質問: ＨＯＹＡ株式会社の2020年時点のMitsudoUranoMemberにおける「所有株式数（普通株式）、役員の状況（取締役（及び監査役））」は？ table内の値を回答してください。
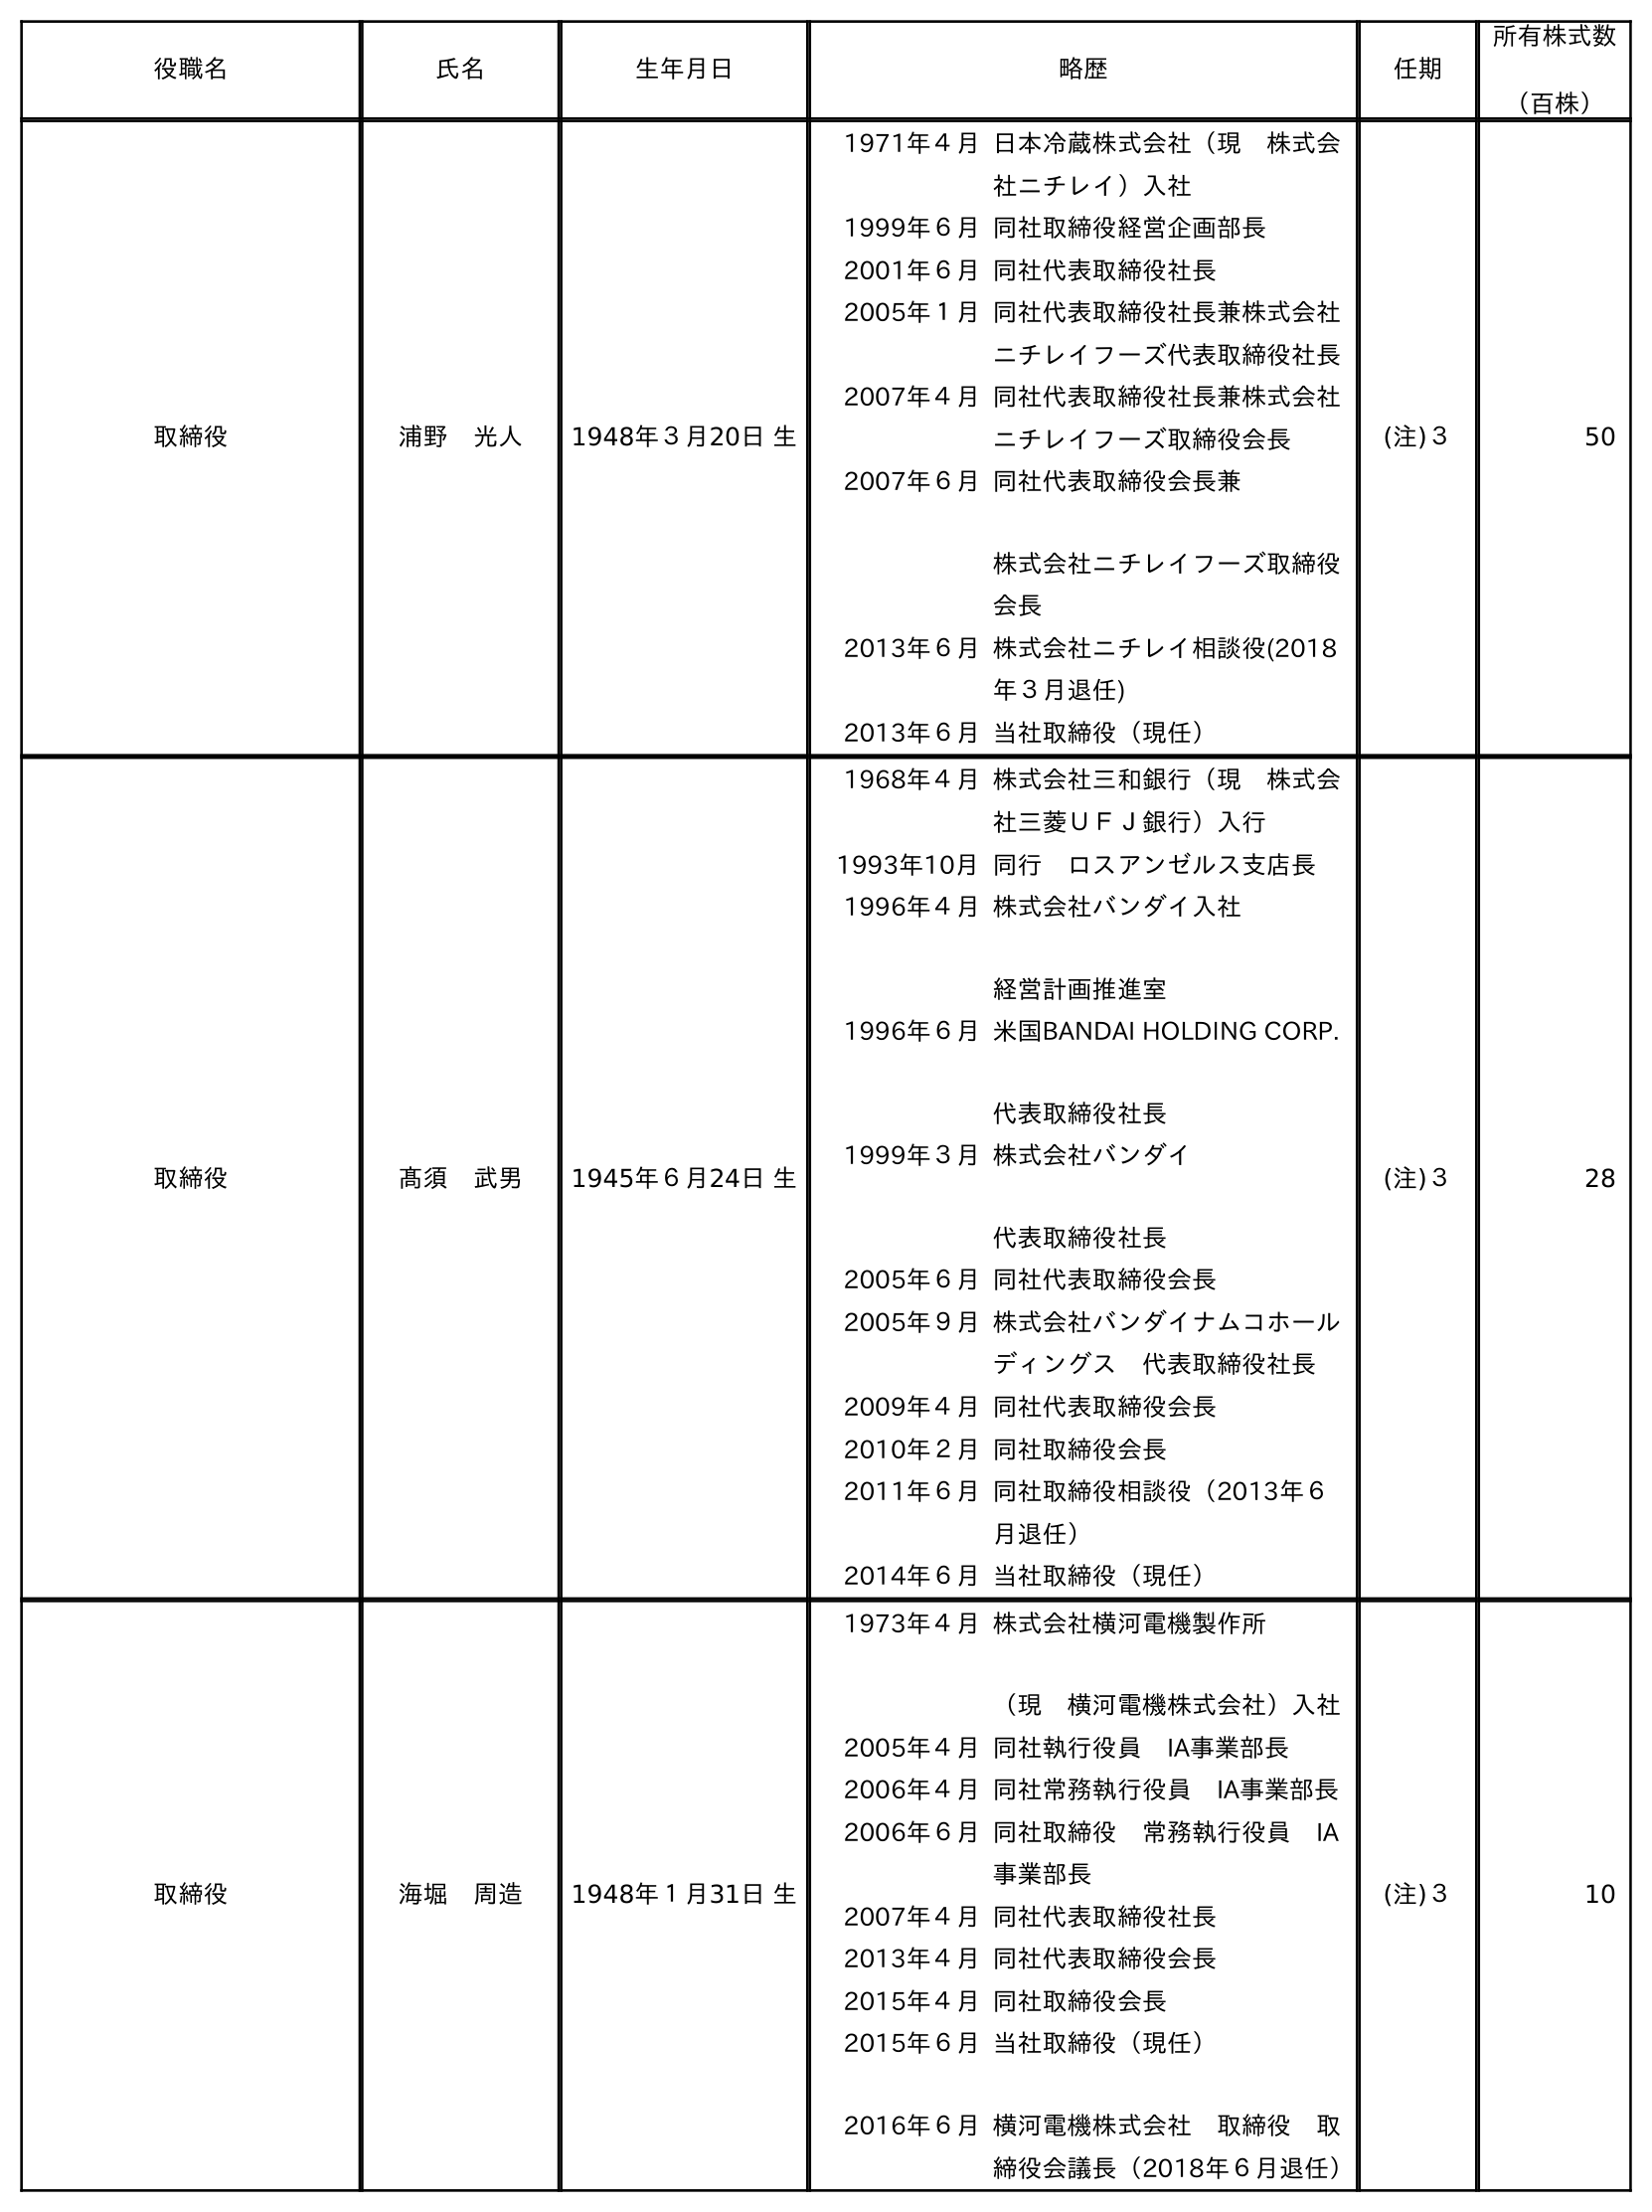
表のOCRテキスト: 役職名 氏名 生年月日 略歴 任期 所有株式数 （百株） 取締役 浦野 光人 1948年３月20日 生 1971年４月日本冷蔵株式会社（現 株式会 社ニチレイ）入社 1999年６月同社取締役経営企画部長 2001年６月同社代表取締役社長 2005年１月同社代表取締役社長兼株式会社 ニチレイフーズ代表取締役社長 2007年４月同社代表取締役社長兼株式会社 ニチレイフーズ取締役会長 2007年６月同社代表取締役会長兼 株式会社ニチレイフーズ取締役 会長 2013年６月株式会社ニチレイ相談役(2018 年３月退任) 2013年６月当社取締役（現任） (注)３ 50 取締役 髙須 武男 1945年６月24日 生 1968年４月株式会社三和銀行（現 株式会 社三菱ＵＦＪ銀行）入行 1993年10月同行 ロスアンゼルス支店長 1996年４月株式会社バンダイ入社 経営計画推進室 1996年６月米国BANDAI HOLDING CORP. 代表取締役社長 1999年３月株式会社バンダイ 代表取締役社長 2005年６月同社代表取締役会長 2005年９月株式会社バンダイナムコホール ディングス 代表取締役社長 2009年４月同社代表取締役会長 2010年２月同社取締役会長 2011年６月同社取締役相談役（2013年６ 月退任） 2014年６月当社取締役（現任） (注)３ 28 取締役 海堀 周造 1948年１月31日 生 1973年４月株式会社横河電機製作所 （現 横河電機株式会社）入社 2005年４月同社執行役員 IA事業部長 2006年４月同社常務執行役員 IA事業部長 2006年６月同社取締役 常務執行役員 IA 事業部長 2007年４月同社代表取締役社長 2013年４月同社代表取締役会長 2015年４月同社取締役会長 2015年６月 2016年６月 当社取締役（現任） 横河電機株式会社 取締役 取 締役会議長（2018年６月退任） (注)３ 10
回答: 50